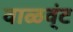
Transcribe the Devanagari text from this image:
वाळव्ंट